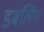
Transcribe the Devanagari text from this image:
डबलिंग